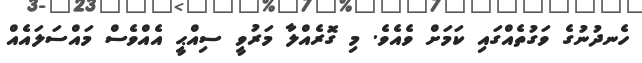
ހެނދުނުގެ ވަގުތެއްގައި ކަމަށް ވެއެވެ. މި ގޮރެއްލާ މަރުވީ ސިއްޙީ އެއްވެސް މައްސަލައެއް